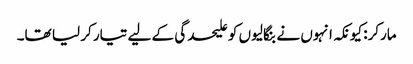
مارکر: کیونکہ انہوں نے بنگالیوں کو علیحدگی کے لیے تیار کر لیا تھا۔